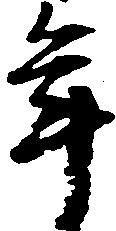
年